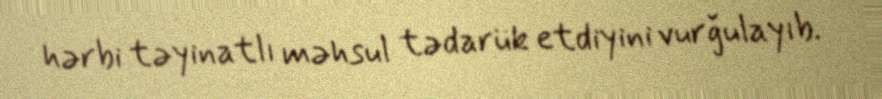
hərbi təyinatlı məhsul tədarük etdiyini vurğulayıb.